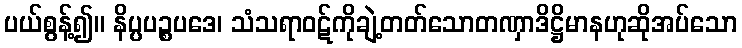
ပယ်စွန့်၍။ နိပ္ပပဉ္စပဒေ၊ သံသရာဝဋ်ကိုချဲ့တတ်သောတဏှာဒိဋ္ဌိမာနဟုဆိုအပ်သော